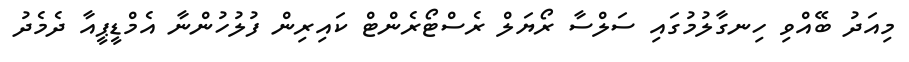
މިއަދު ބޭއްވި ހިނގާލުމުގައި ސަލްސާ ރޯޔަލް ރެސްޓޯރެންޓް ކައިރިން ފުލުހުންނާ އެމްޑީޕީއާ ދެމެދު